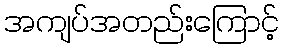
အကျပ်အတည်းကြောင့်